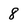
Character: 8